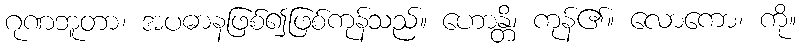
ဂုဏဘူတာ၊ အပဓာနဖြစ်၍ဖြစ်ကုန်သည်။ ဟောန္တိ၊ ကုန်၏။ လောကော၊ ကို။